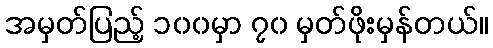
အမှတ်ပြည့် ၁၀၀မှာ ၇၀ မှတ်ဖိုးမှန်တယ်။